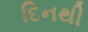
દિનથી